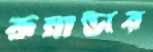
রুয়ান্ডার